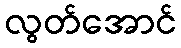
လွတ်အောင်